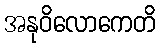
အနုဝိလောကေတိ